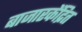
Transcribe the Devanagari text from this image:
बाजारकेंद्रित